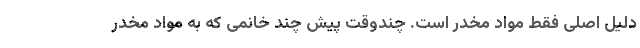
دلیل اصلی فقط مواد مخدر است. چندوقت پیش چند خانمی که به مواد مخدر